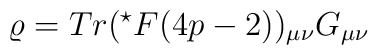
\varrho =Tr(^{\star}F(4p-2))_{\mu\nu}G_{\mu\nu}